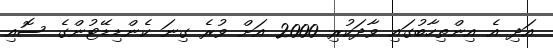
އަދި އެ އިންތިހާބުގައި ވާދަކުރި 2000 އަށް ވުރެ ގިނަ ކެންޑިޑޭޓުންގެ ސޮއި